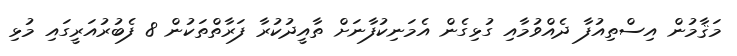
މަޤާމުން އިސްތިއުފާ ދެއްވުމާއި ގުޅިގެން އެމަނިކުފާނަށް ތާއީދުކުރާ ފަރާތްތަކުން 8 ފެބުރުއަރީގައި މުޅި